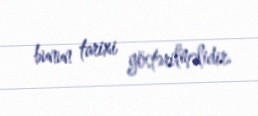
bunun tarixi göstərilməlidir.